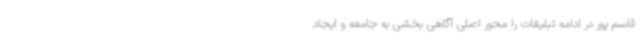
قاسم پور در ادامه تبلیغات را محور اصلی آگاهی بخشی به جامعه و ایجاد